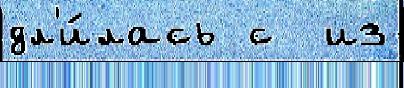
дл'и́лась с  из